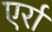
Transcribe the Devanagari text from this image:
एर्रा